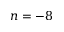
n = - 8